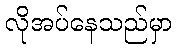
လိုအပ်နေသည်မှာ